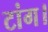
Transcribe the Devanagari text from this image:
टांग।